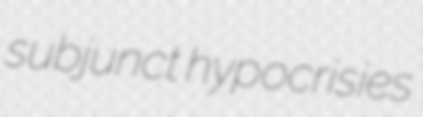
subjunct hypocrisies